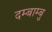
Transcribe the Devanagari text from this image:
दम्बाम्बु